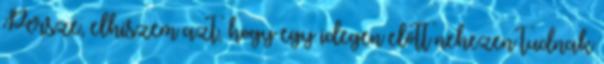
Persze, elhiszem azt, hogy egy idegen előtt nehezen tudnak